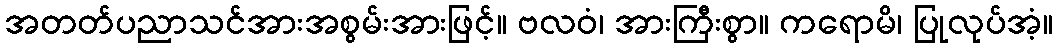
အတတ်ပညာသင်အားအစွမ်းအားဖြင့်။ ဗလဝံ၊ အားကြီးစွာ။ ကရောမိ၊ ပြုလုပ်အံ့။